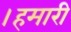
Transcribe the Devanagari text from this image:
।हमारी